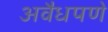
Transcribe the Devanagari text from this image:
अवैधपणे